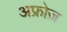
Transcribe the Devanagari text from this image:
अफ्रोज़